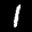
Label: 1